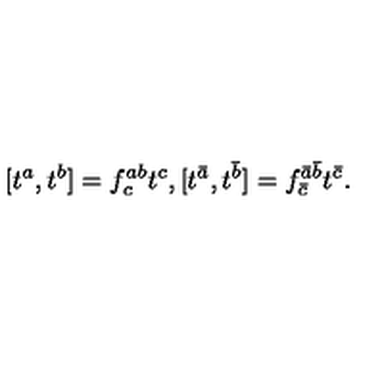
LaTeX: [ t ^ { a } , t ^ { b } ] = f _ { c } ^ { a b } t ^ { c } , [ t ^ { \bar { a } } , t ^ { \bar { b } } ] = f _ { \bar { c } } ^ { \bar { a } \bar { b } } t ^ { \bar { c } } .